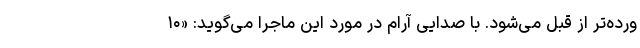
ورده‌تر از قبل می‌شود. با صدایی آرام در مورد این ماجرا می‌گوید: «۱۰